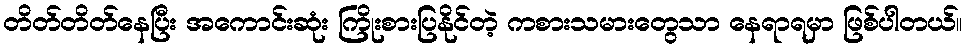
တိတ်တိတ်နေပြီး အကောင်းဆုံး ကြိုးစားပြနိုင်တဲ့ ကစားသမားတွေသာ နေရာရမှာ ဖြစ်ပါတယ်။